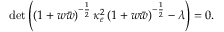
\operatorname * { d e t } \left( \left( 1 + w \bar { w } \right) ^ { - \frac { 1 } { 2 } } \kappa _ { e } ^ { 2 } \left( 1 + w \bar { w } \right) ^ { - \frac { 1 } { 2 } } - \lambda \right) = 0 .